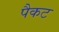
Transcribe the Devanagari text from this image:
पैकट